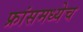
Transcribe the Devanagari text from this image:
फ्रांसमध्येच